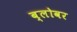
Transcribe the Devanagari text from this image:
ब्लोवर